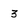
Character: 3